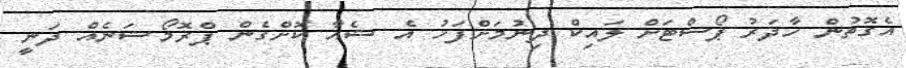
އެގޮތުން ހާދަރު ޕޯސްޓަށް ލައިކް ދިނުމަށްފަހު އެ ޝެއާ ކޮށްގެން ޕްރޮމޯޝަނެއް ދަނީ